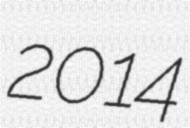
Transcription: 2014